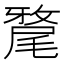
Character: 𭕲